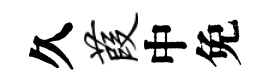
久葭中免